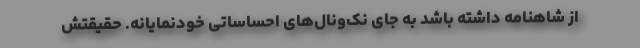
از شاهنامه داشته باشد به جای نک‌ونال‌های احساساتی خودنمایانه. حقیقتش